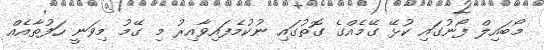
މޯބައިލް ފޯނުގައި ކުޅޭ ގޭމެއްގެ ގޮތުގައި ނުކުމެފައިވާއިރު މި ގޭމު މިވަނީ ހަފުތާއެއް